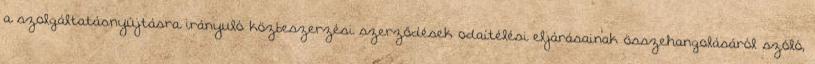
a szolgáltatásnyújtásra irányuló közbeszerzési szerződések odaítélési eljárásainak összehangolásáról szóló,